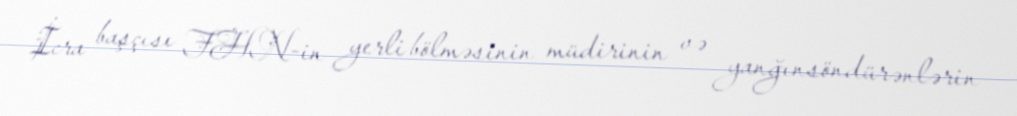
İcra başçısı FHN-in yerli bölməsinin müdirinin və yanğınsöndürənlərin